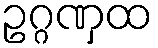
ဥဂ္ဂဏှထ